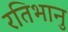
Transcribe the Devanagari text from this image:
रतिभानु